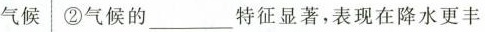
气候 ②气候的___特征显著，表现在降水更丰